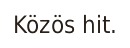
Közös hit.